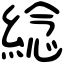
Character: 𦁤